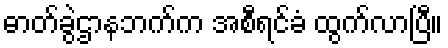
ဓာတ်ခွဲဌာနဘက်က အစီရင်ခံ ထွက်လာပြီ။